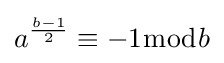
a^{\frac {b-1}{2}}\equiv -1{\bmod {b}}